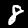
Label: 8